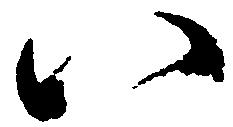
八